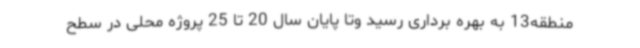
منطقه13 به بهره برداری رسید وتا پایان سال 20 تا 25 پروژه محلی در سطح